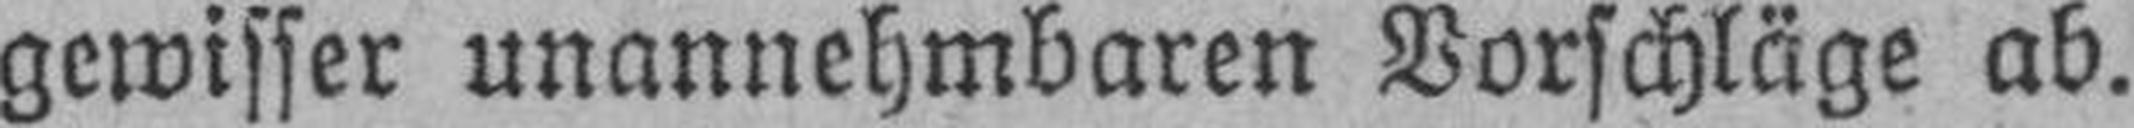
gewisser unannehmbaren Vorschläge ab.